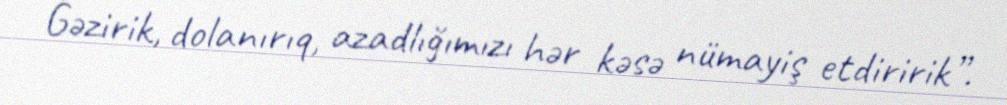
Gəzirik, dolanırıq, azadlığımızı hər kəsə nümayiş etdiririk”.